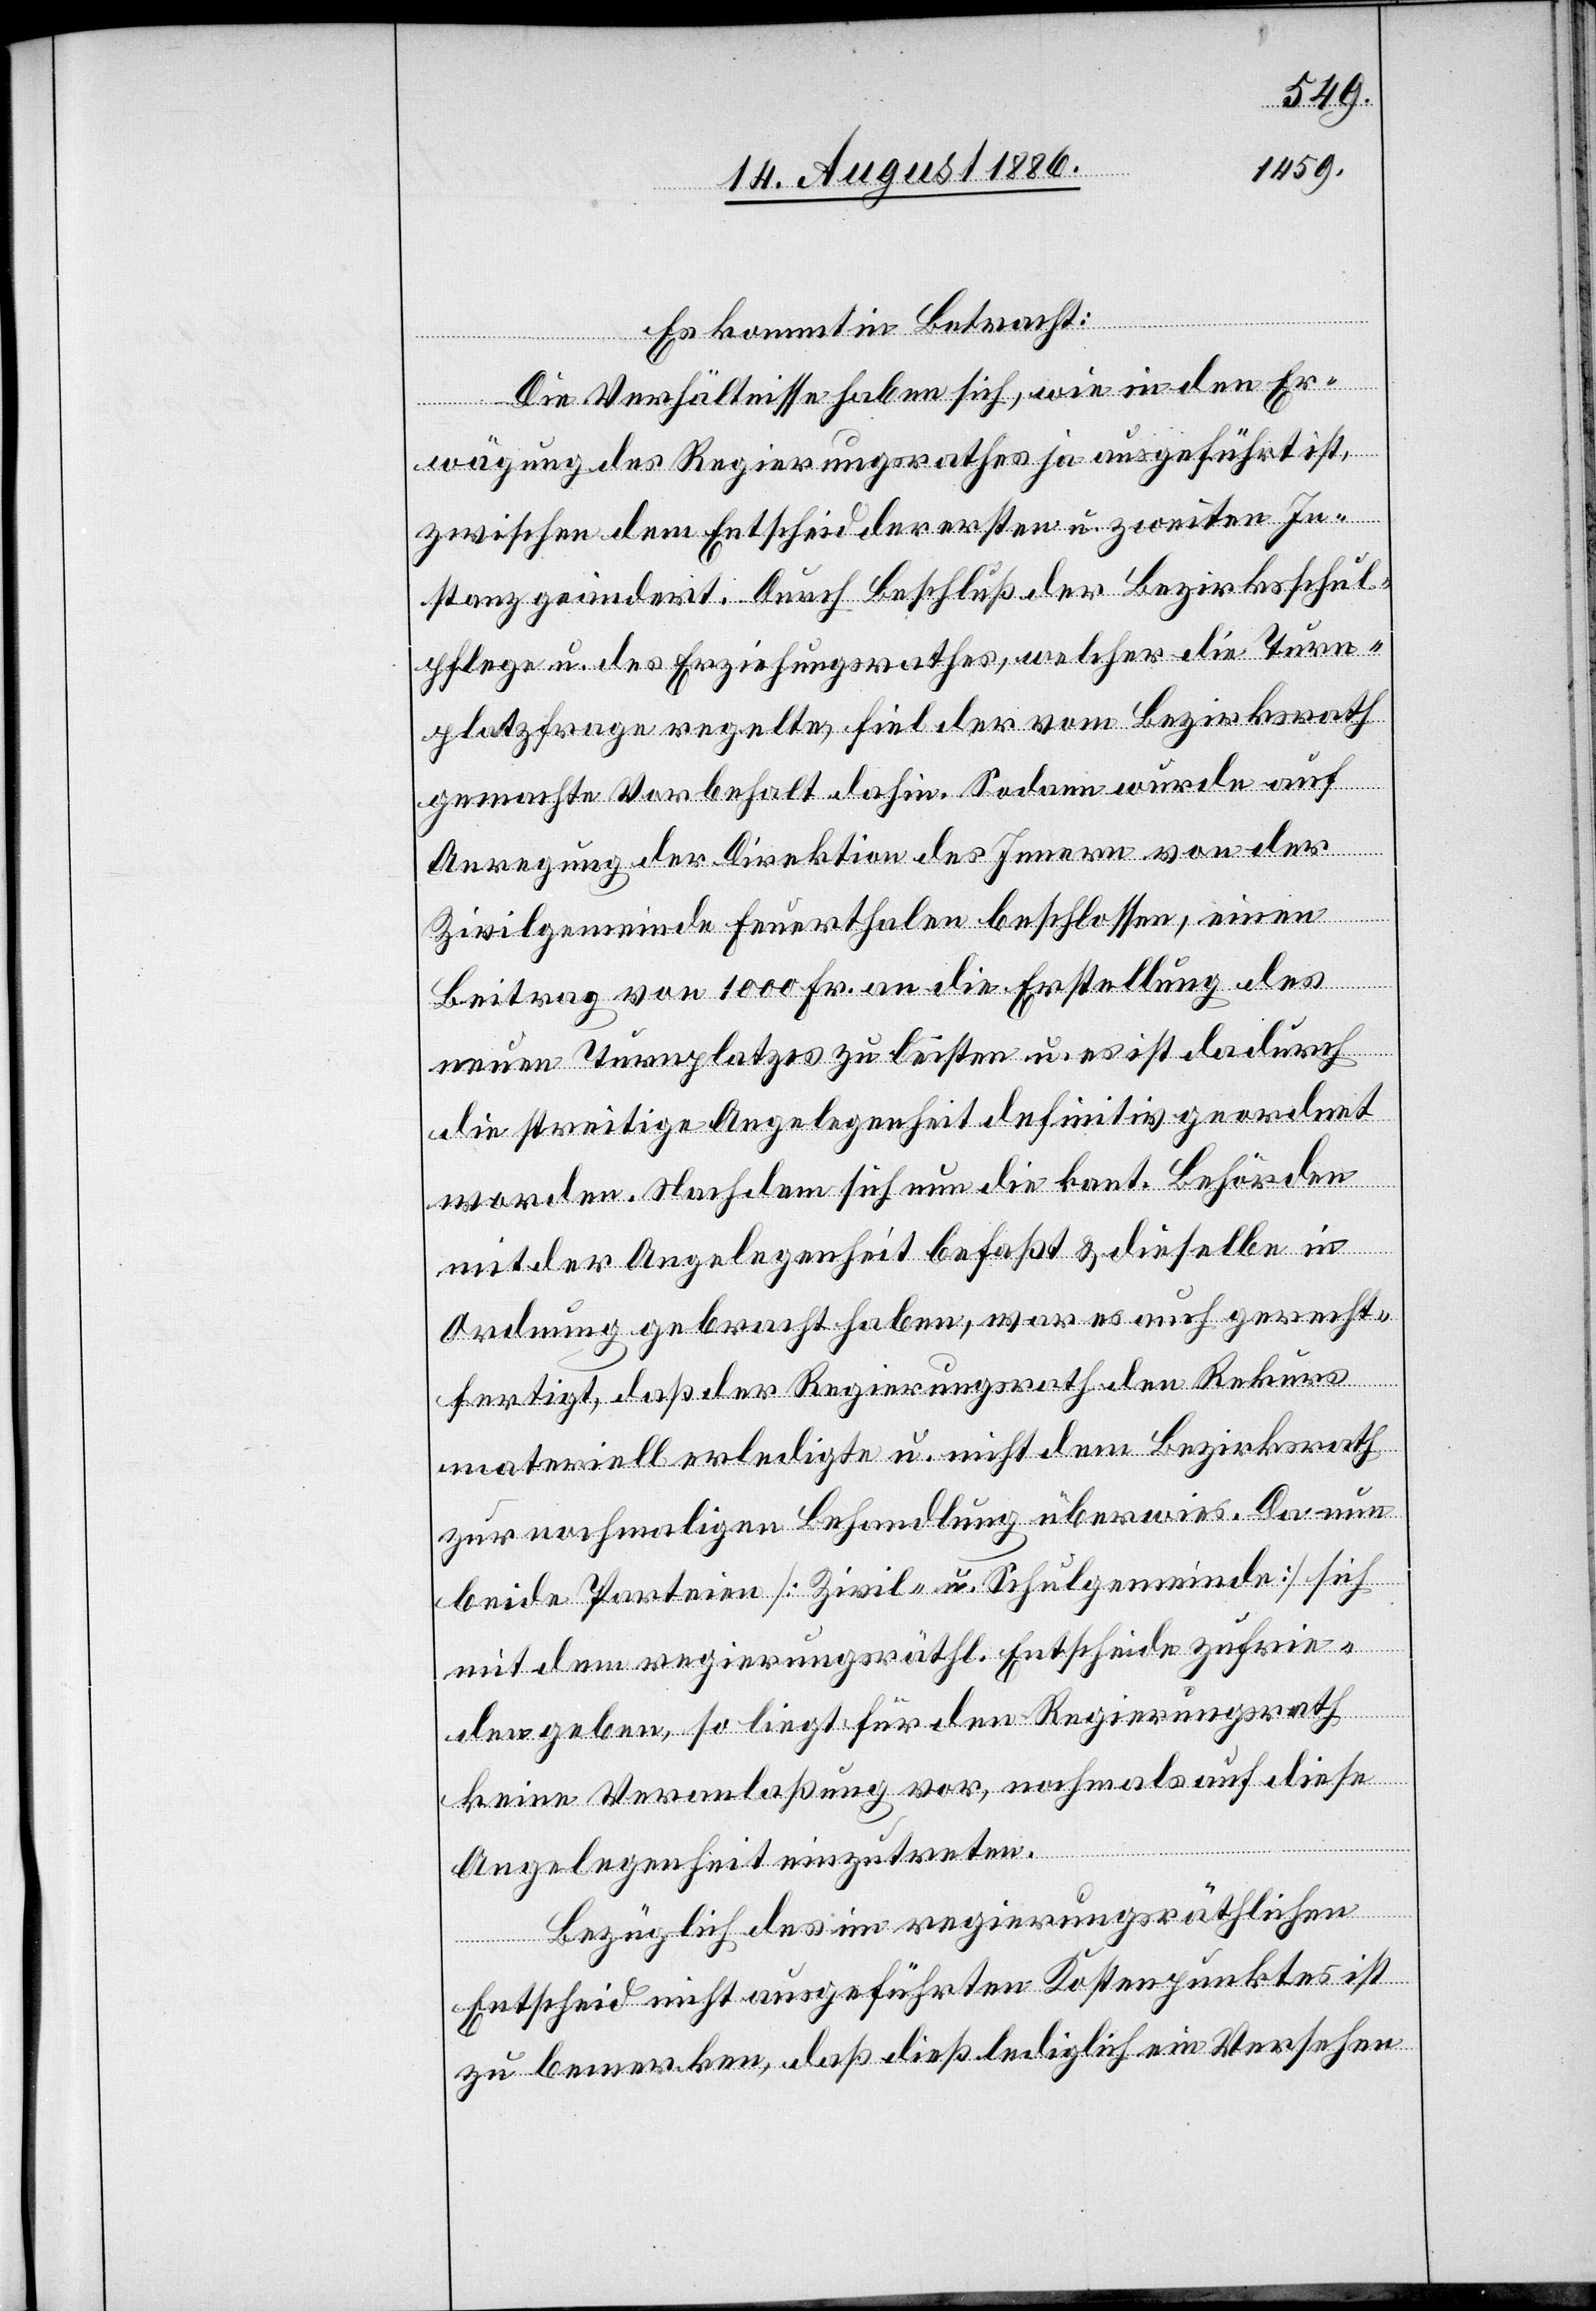
Es kommt in Betracht:
Die Verhältnisse haben sich, wie in den [s¬
wägung des Regierungsrathes ja ausgeführt ist,
zwischen dem Entscheid der ersten u. zweiten In¬
stanz geändert. Durch Beschluß der Bezirksschul¬
pflege u. des Erziehungsrathes, welcher die Turn¬
platzfrage regelte, fiel der vom Bezirksrath
Er¬
gemachte Vorbehalt dahin. Sodann wurde auf
ic!]
Anregung der Direktion des Innern von der
Zivilgemeinde Feuerthalen beschlossen, einen
Beitrag von 1000 Fr. an die Erstellung des
neuen Turnplatzes zu leisten u. es ist dadurch
die streitige Angelegenheit definitiv geordnet
worden. Nachdem sich nun die kant. Behörden
mit der Angelegenheit befaßt & dieselbe in
Ordnung gebracht haben, war es auch gerecht¬
fertigt, daß der Regierungsrath den Rekurs
materiell erledigte u. nicht dem Bezirksrath
zur nochmaligen Behandlung überwies. Da nun
beide Parteien [Zivil- u. Schulgemeinde] sich
mit dem regierungsräthl. Entscheide zufrie¬
den geben, so liegt für den Regierungsrath
keine Veranlaßung vor, nochmals auf diese
Angelegenheit einzutreten.
Bezüglich des im regierungsräthlichen
Entscheid nicht ausgeführten Kostenpunktes ist
zu bemerken, daß dieß lediglich ein Versehen